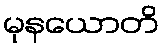
မုနယောတိ